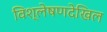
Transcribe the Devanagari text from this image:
विश्लेषणदेखिल